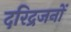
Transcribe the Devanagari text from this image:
दरिद्रजनों